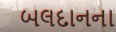
બલદાનના